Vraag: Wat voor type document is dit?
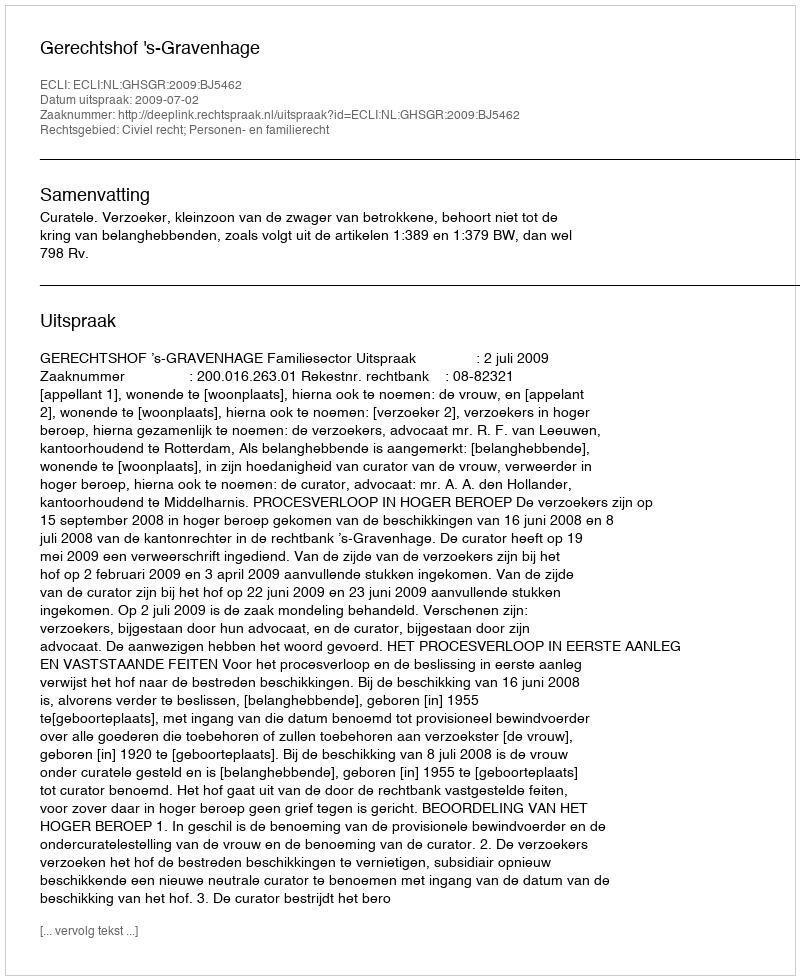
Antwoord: Uitspraak